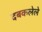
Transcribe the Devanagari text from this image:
दबकलेले